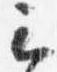
云